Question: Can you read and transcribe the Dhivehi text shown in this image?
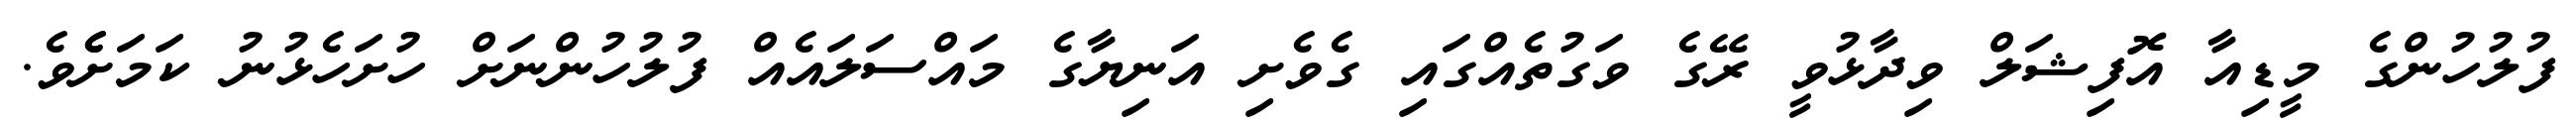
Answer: ފުލުހުންގެ މީޑިއާ އޮފިޝަލް ވިދާޅުވީ ރޭގެ ވަގުތެއްގައި ގެވެށި އަނިޔާގެ މައްސަލައެއް ފުލުހުންނަށް ހުށަހެޅުނު ކަމަށެެވެ.